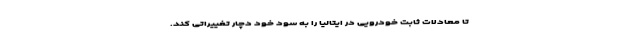
تا معادلات ثابت خودرویی در ایتالیا را به سود خود دچار تغییراتی کند.